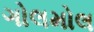
ગોલમોલ